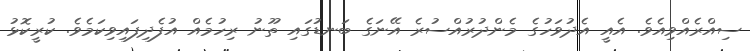
ސިއްރެއްވިއެވެ. އެއީ އެދުވަހުގެ މެންދުރުއްސުރެ އޭނަގެ ބަނޑުގައި ތޫނު ރިހުމެއް އުފެދިފައިވިކަމެވެ. ކުރީކޮޅު